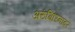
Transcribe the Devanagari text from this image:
अरुंगिरिनादर